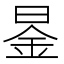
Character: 𮲤